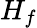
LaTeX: H_{f}